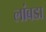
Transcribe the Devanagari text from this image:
लांबडा